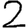
Digit: 2